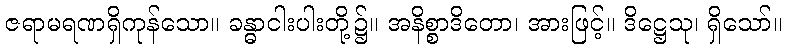
ဇရာမရဏရှိကုန်သော။ ခန္ဓာငါးပါးတို့၌။ အနိစ္စာဒိတော၊ အားဖြင့်။ ဒိဋ္ဌေသု၊ ရှိသော်။